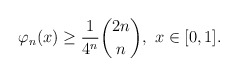
\begin{align*}\varphi_n(x)\geq \frac{1}{4^n}\binom{2n}{n}, \ x\in [0,1].\end{align*}